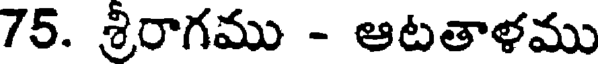
75. శ్రీరాగము - ఆటతాళము